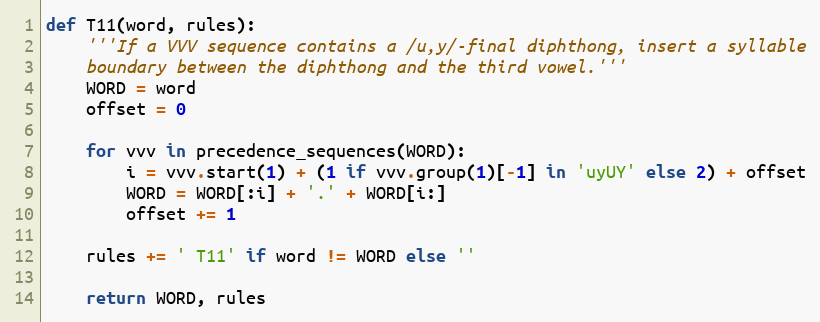
Language: Python
def T11(word, rules):
    '''If a VVV sequence contains a /u,y/-final diphthong, insert a syllable
    boundary between the diphthong and the third vowel.'''
    WORD = word
    offset = 0

    for vvv in precedence_sequences(WORD):
        i = vvv.start(1) + (1 if vvv.group(1)[-1] in 'uyUY' else 2) + offset
        WORD = WORD[:i] + '.' + WORD[i:]
        offset += 1

    rules += ' T11' if word != WORD else ''

    return WORD, rules